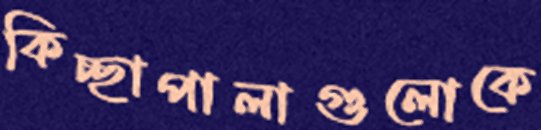
কিচ্ছাপালাগুলোকে